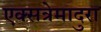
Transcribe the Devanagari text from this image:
एक्सत्रेमादुरा